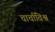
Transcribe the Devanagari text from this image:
चार्चाविश्व